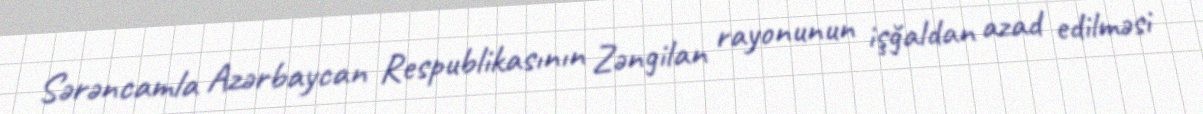
Sərəncamla Azərbaycan Respublikasının Zəngilan rayonunun işğaldan azad edilməsi